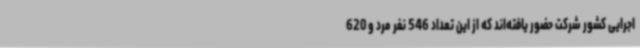
اجرایی کشور شرکت حضور یافته‌اند که از این تعداد 546 نفر مرد و 620